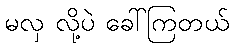
မလှ လို့ပဲ ခေါ်ကြတယ်